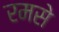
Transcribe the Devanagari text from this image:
रमसे